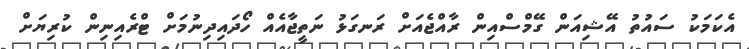
އެކަމަކު ސައުތު އޭޝިއަން ގޭމްސްއިން ރާއްޖެއަށް ރަނގަޅު ނަތީޖާއެއް ހޯދައިދިނުމަށް ޓްރެއިނިން ކުރިޔަށް